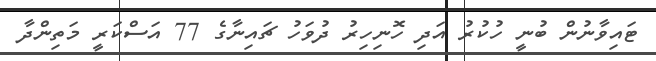
ޓައިވާނުން ބުނީ ހުކުރު އަދި ހޮނިހިރު ދުވަހު ޗައިނާގެ 77 އަސްކަރީ މަތިންދާ